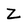
Character: Z